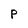
Character: P